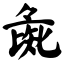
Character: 彘